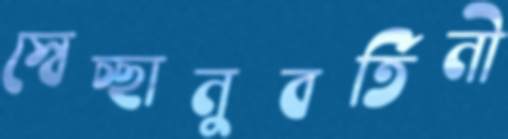
স্বেচ্ছানুবর্তিনী